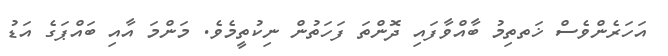
އަހަރެންވެސް ޚަތތިމު ބާއްވާފައި ދޮންތަ ފަހަތުން ނިކުތީމެވެ. މަންމަ އާއި ބައްޕަގެ އަޑު